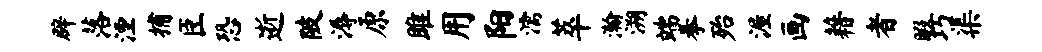
辟落湮捕臣恐逝陂溽原雎用阳濡萃瀚溯端拳殆渥画藉者暇巧渠